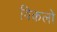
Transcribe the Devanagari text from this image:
विकलो